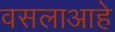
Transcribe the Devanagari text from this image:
वसलाआहे